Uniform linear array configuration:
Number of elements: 4
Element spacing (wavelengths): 0.75
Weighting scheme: hann
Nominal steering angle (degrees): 45
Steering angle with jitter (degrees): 46.926
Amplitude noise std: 0.05
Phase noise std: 0.05

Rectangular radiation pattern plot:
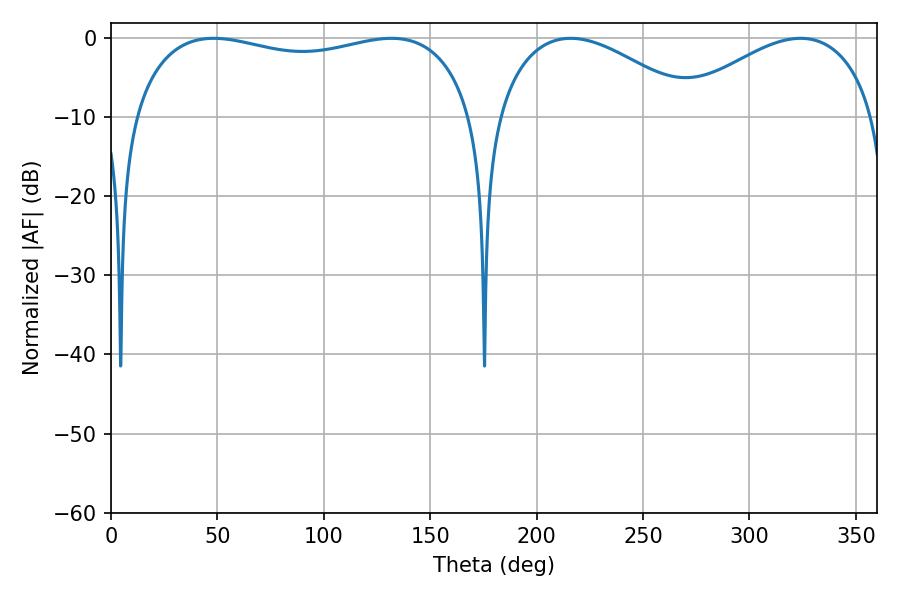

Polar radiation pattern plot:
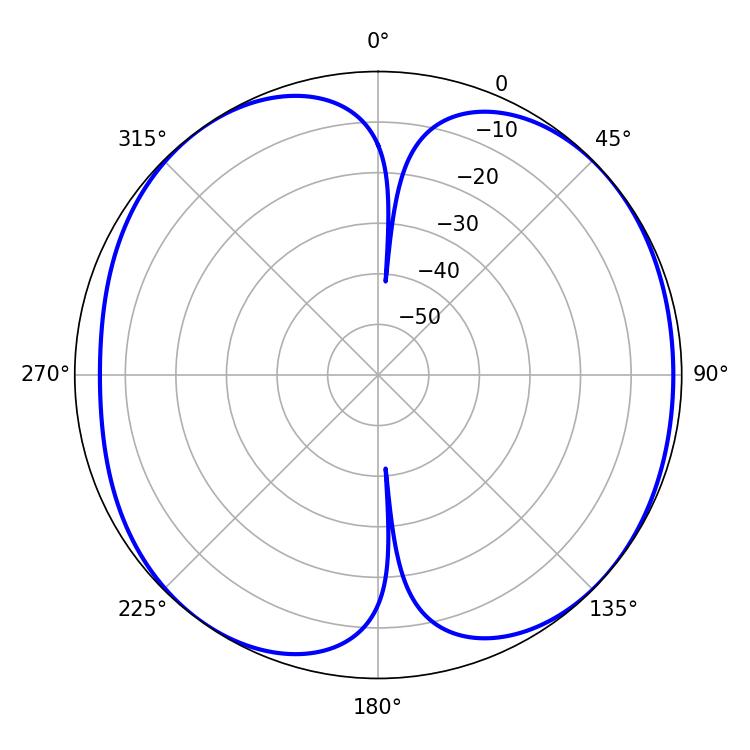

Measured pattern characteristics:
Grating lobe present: TRUE
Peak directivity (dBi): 7.929
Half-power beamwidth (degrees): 131.04
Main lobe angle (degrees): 48.24